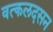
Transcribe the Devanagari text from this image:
वत्कलदसन